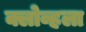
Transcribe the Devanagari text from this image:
क्लोव्हला